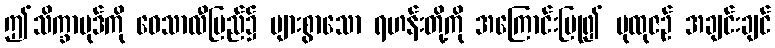
ဤသိက္ခာပုဒ်ကို ဝေသာလီပြည်၌ များစွာသော ရဟန်းတို့ကို အကြောင်းပြု၍ ပုထုဇဉ် အချင်းချင်